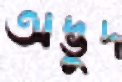
অদ্ভুদ